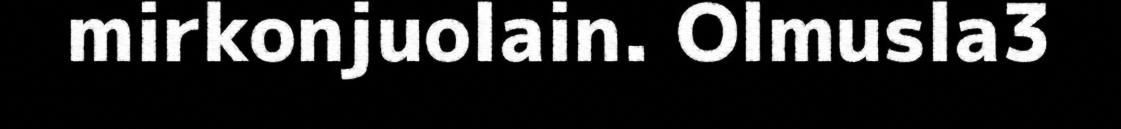
mirkonjuolain. Olmusla3